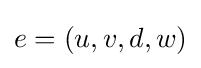
e=(u,v,d,w)